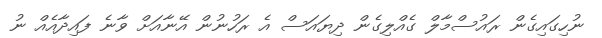
ނުހިގައިގެން ރައުސްމާލް ގެއްލިގެން ދިޔައަސް އެ ރަހުނުން އޭނާއަށް ވާނެ ފައިދާއެއް ނު